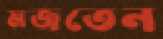
মজতেন